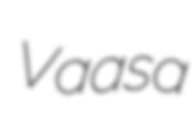
Vaasa